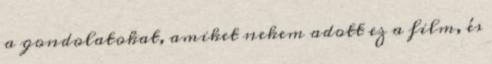
a gondolatokat, amiket nekem adott ez a film, és